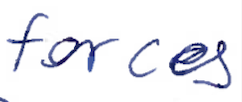
Text: forces
Cross-out: clean
Writing tool: ballpoint